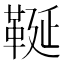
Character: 䩥